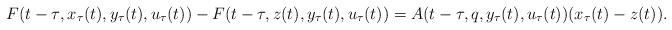
LaTeX: \begin{align*}F(t-\tau&,x_{\tau}(t),y_{\tau}(t),u_{\tau}(t))-F(t-\tau,z(t),y_{\tau}(t),u_{\tau}(t))=A(t-\tau,q,y_{\tau}(t),u_{\tau}(t))({x_{\tau}(t)}-z(t)).\end{align*}